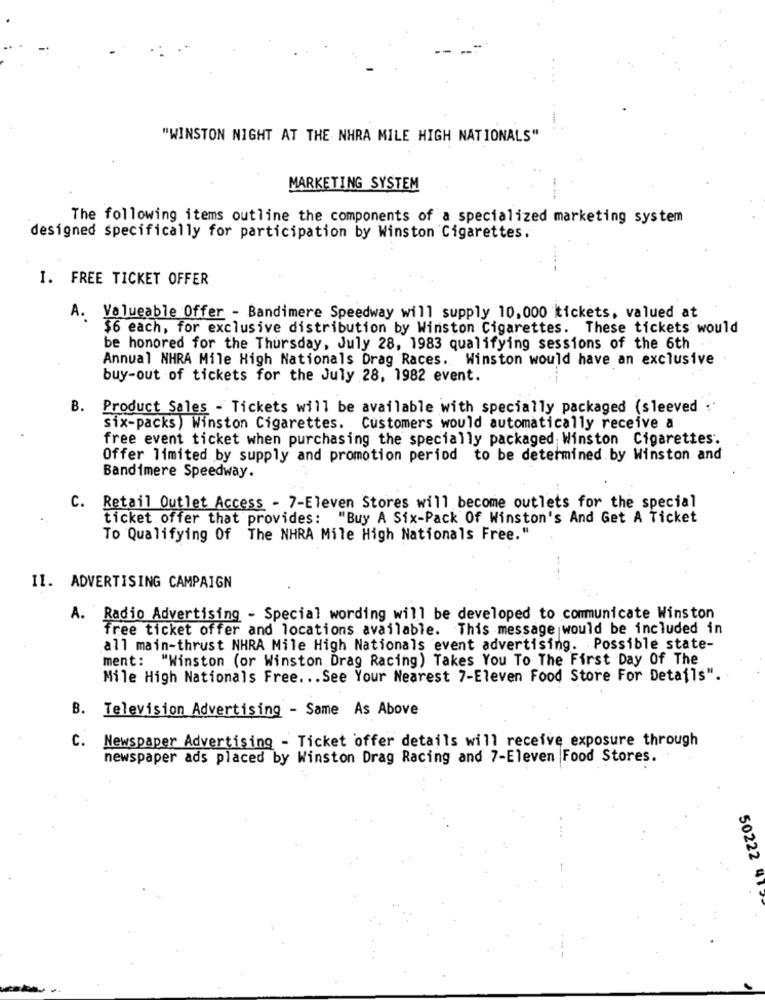
"WINSTON NIGHT AT THE NHRA MILE HIGH NATIONALS"
MARKETING SYSTEM
The following items outline the components of a specialized marketing system
designed specifically for participation by Winston Cigarettes.
I. FREE TICKET OFFER
A. Valueable Offer - Bandimere Speedway will supply 10,000 tickets, valued at
$6 each, for exclusive distribution by Winston Cigarettes. These tickets would
be honored for the Thursday, July 28, 1983 qualifying sessions of the 6th
Annual NHRA Mile High Nationals Drag Races. Winston would have an exclusive
buy-out of tickets for the July 28, 1982 event.
B. Product Sales - Tickets will be available with specially packaged (sleeved
six-packs) Winston Cigarettes. Customers would automatically receive a
free event ticket when purchasing the specially packaged Winston Cigarettes.
Offer limited by supply and promotion period to be determined by Winston and
Bandimere Speedway.
C. Retail Outlet Access - 7-Eleven Stores will become outlets for the special
ticket offer that provides: "Buy A Six-Pack Of Winston's And Get A Ticket
To Qualifying Of The NHRA Mile High Nationals Free."
II. ADVERTISING CAMPAIGN
A. Radio Advertising - Special wording will be developed to communicate Winston
free ticket offer and locations available. This message would be included in
all main-thrust NHRA Mile High Nationals event advertising. Possible state-
ment: "Winston (or Winston Drag Racing) Takes You To The First Day Of The
Mile High Nationals Free ... See Your Nearest 7-Eleven Food Store For Details".
B. Television Advertising - Same As Above
Newspaper Advertising - Ticket offer details will receive exposure through
C.
newspaper ads placed by Winston Drag Racing and 7-Eleven Food Stores.
50222 4